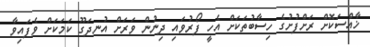
ޚާއްސަކޮށް ރަށްފުށުގެ ހިސާބުތަކަށް އެހީ ފޯރުވައި ދިނުން ވަރަށް އުނދަގޫ ކަމަކަށް ވެފައިވާ